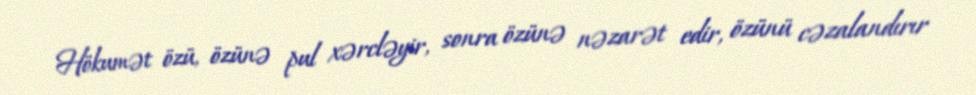
Hökumət özü, özünə pul xərcləyir, sonra özünə nəzarət edir, özünü cəzalandırır